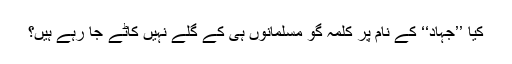
کیا ’’جہاد‘‘ کے نام پر کلمہ گو مسلمانوں ہی کے گلے نہیں کاٹے جا رہے ہیں؟